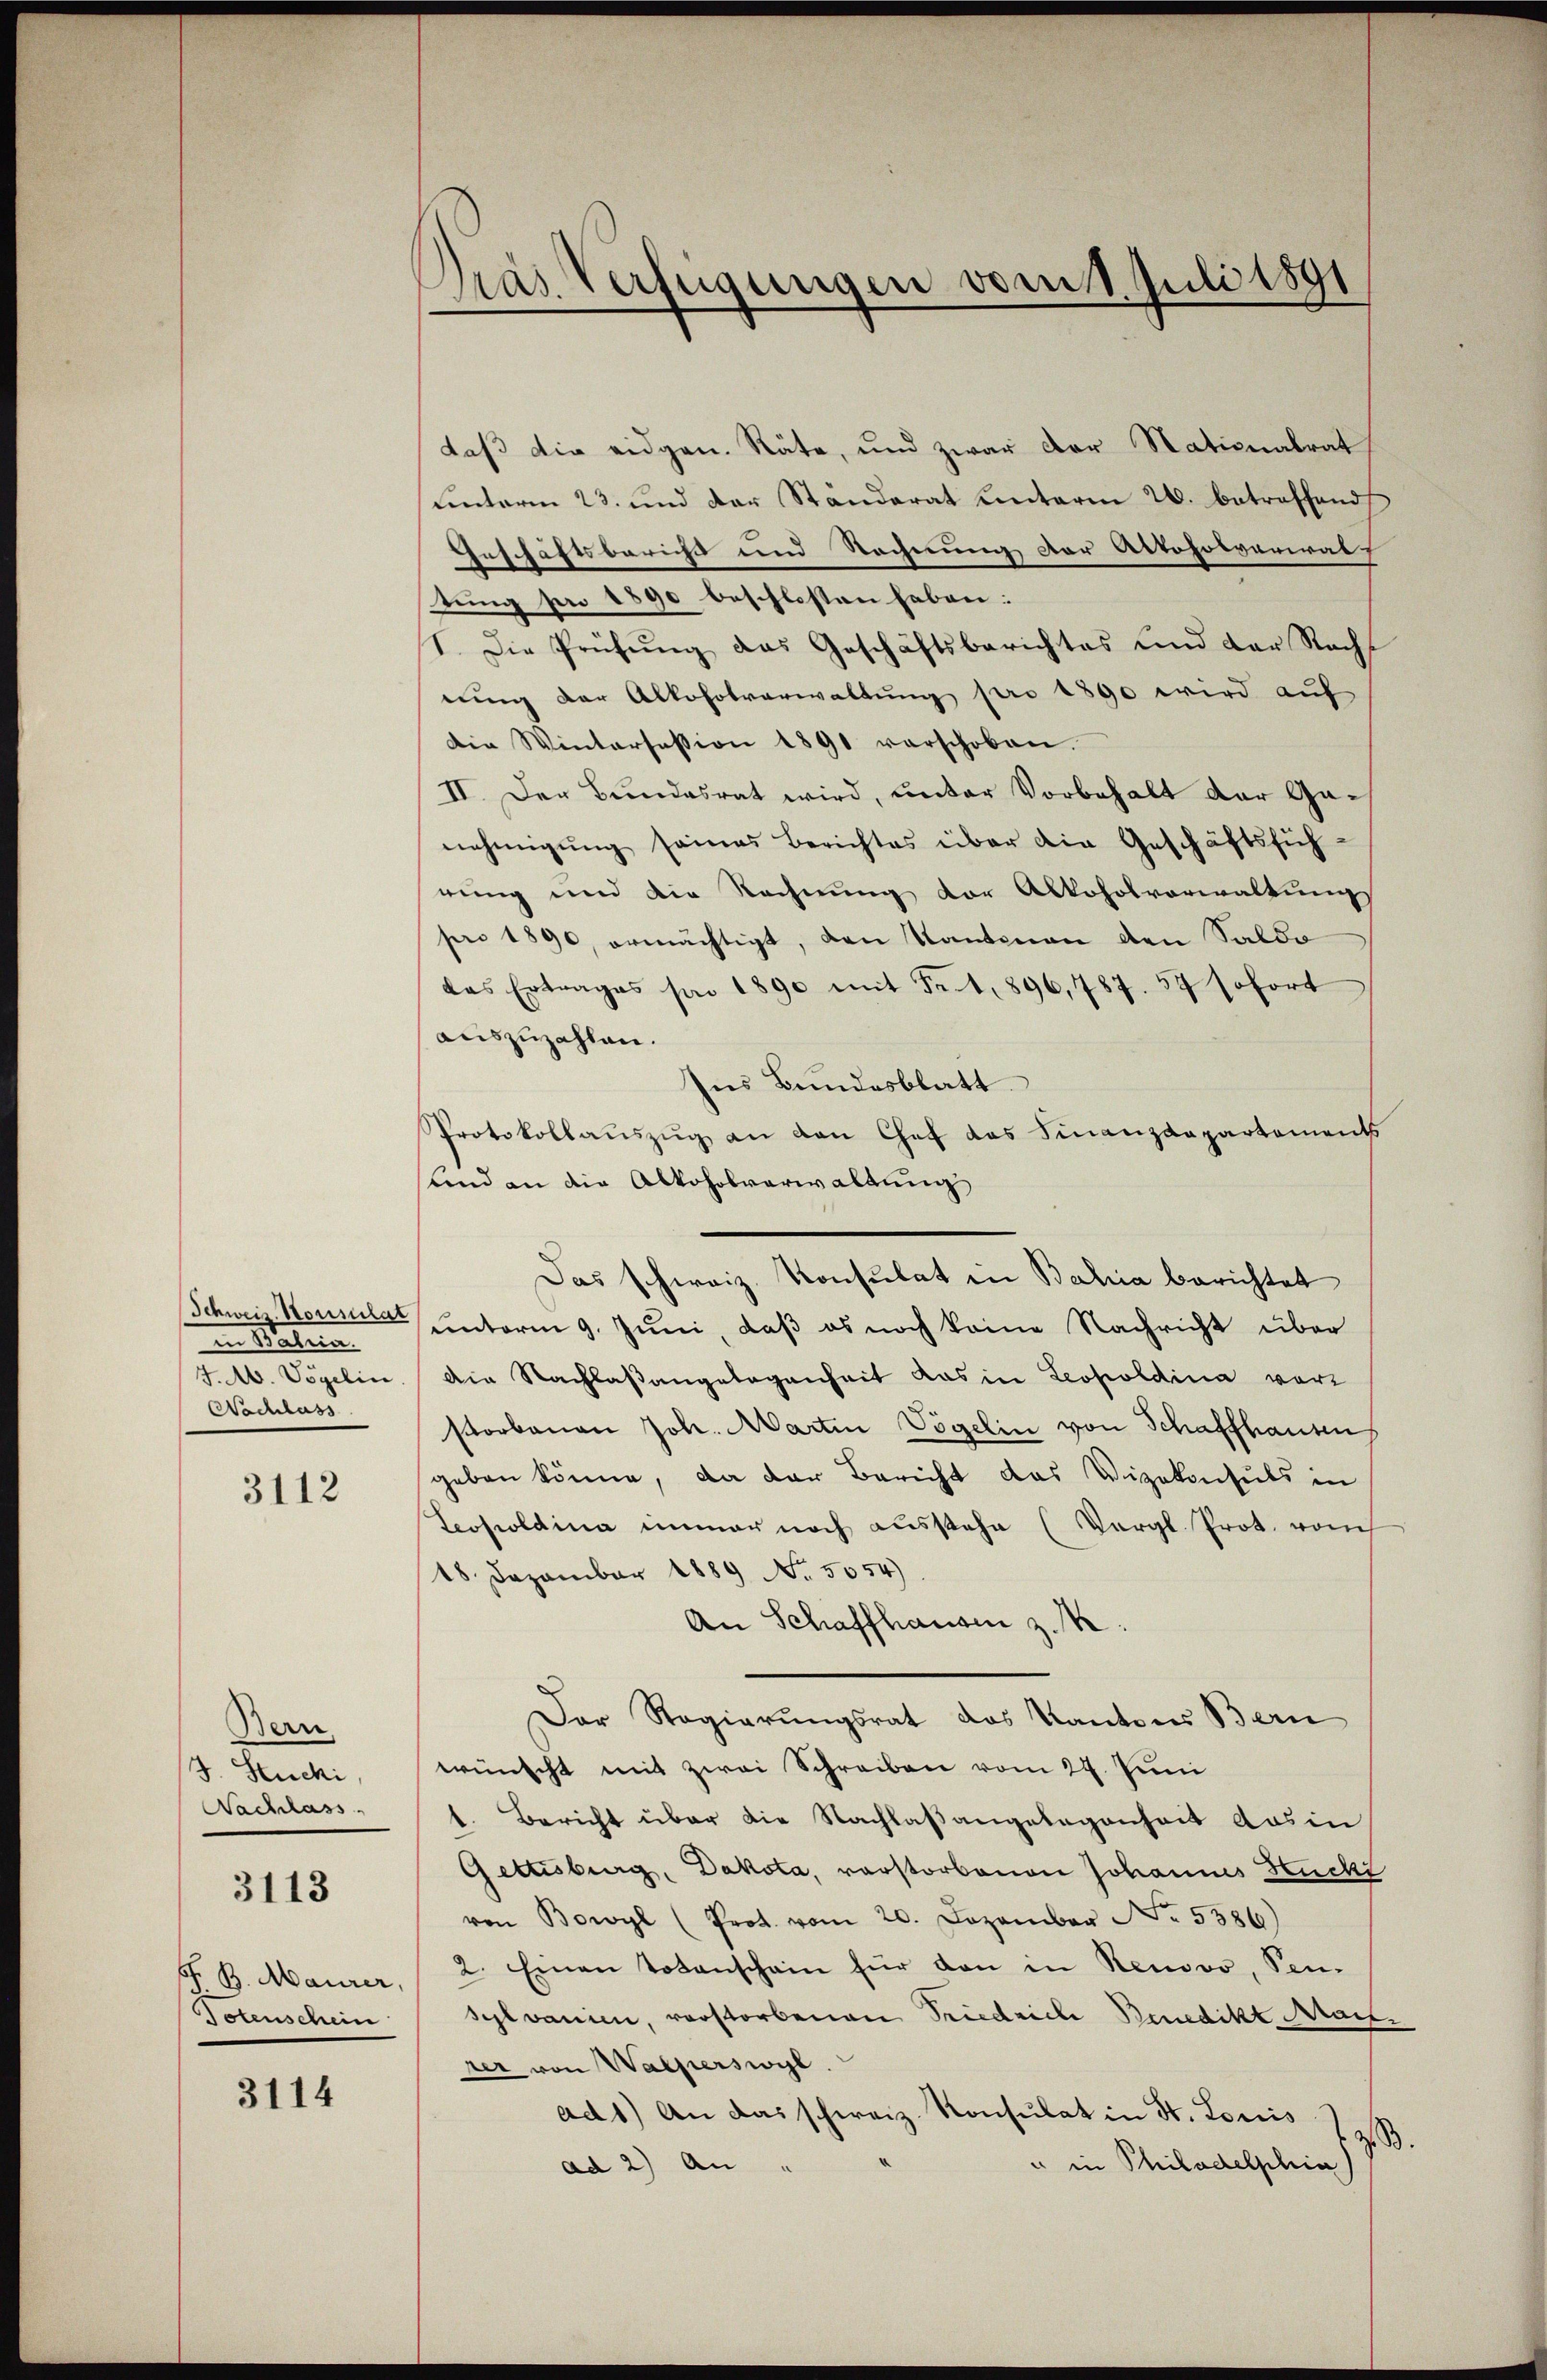
Schweiz. Konsulat
in Matria
J. A. Vögelin
Nachlass

3112

Bern.
J. Stucki
Nachlass

3113

F. B. Maurer,
Totenschein

3114

Pras Verfügungen vom 1. Juli 1891

daß die eidgen. Räte, und zwar der Nationalrat
uinterm 23. und der Standerat unterm 26. betreffend
Geschäftsbericht und Rechnung der Aktoholvarialf
Sung per 1890 beschlossen haben:
1. Die Prüfung das Geschäftsberichtes und der Nacht
nung der Alkoholverwaltung pro 1890 wird auf
Die Wintersession 1891 verschoben.
II. Der Bundesrat wird, unter Vorbehalt der Ganehmigŭng seines Berichtes über die Geschäftsfüh-
nung und die Rechnung der Alkoholverwaltung
pro 1890, ermächtigt, den Kantonen den Saldo
das Ertrages pro 1890 mit Fr. 1. 896,787. 57 sofort
auszuzahlen.
Ins Bundesblatt
Protokollaŭszŭg an den Chef das Finanzdepartements
und an die Alkoholverwaltung
Das schweiz. Konsulat in Bahia berichtet
unterm 9. Juni, daß es noch keine Nachricht über
die Nachlaßangelegenheit das in Leopoldina vorstorbenen Joh. Martin Vögelin von Schaffhausen
geben könne, da der Bericht das Vizekonsuls in
Leopoldina immer noch ausstehe (Vergl. Prot. vom
18. Dezember 1889 No 5054)
An Schaffhausen z.
Der Regierungsrat das Kantons Bern
wünscht mit zwei Schreiben vom 27. Juni
1. Bericht über die Nachlaßangelegenheit aus in
Gettisburg, Dakota, verstorbenen Johannes Huckz
von Bowyl (Prot. vom 20. Dezember No. 5586)
2. Einen Totenschein für den in Renovo, Pen-
sylvanien, verstorbenen Friedriche Benedikt Mart.
rer von Walperswyl.
ad 1.) An das schweiz. Konsulat in St. Louis 793
u in Philadelphia
ad 2) An